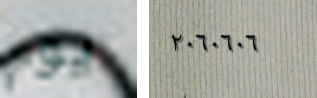
يوم ٢٠٦٠٦٠٦